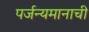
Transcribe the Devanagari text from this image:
पर्जन्यमानाची